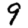
Digit: 9